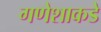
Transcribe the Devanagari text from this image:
गणेशाकडे